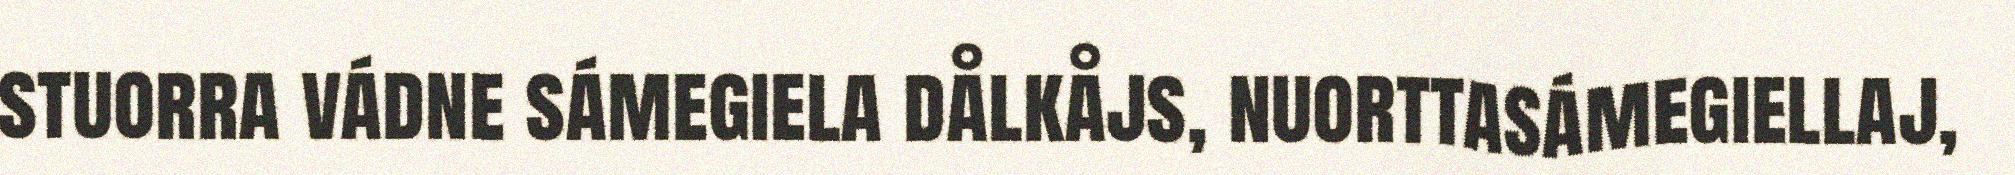
stuorra vádne sámegiela dålkåjs, nuorttasámegiellaj,